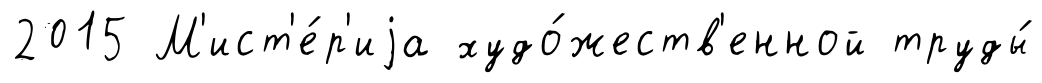
2015 М'ист'е́р'иjа худо́жеств'енной труды́